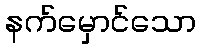
နက်မှောင်သော